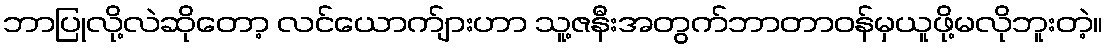
ဘာပြုလို့လဲဆိုတော့ လင်ယောက်ျားဟာ သူ့ဇနီးအတွက်ဘာတာဝန်မှယူဖို့မလိုဘူးတဲ့။